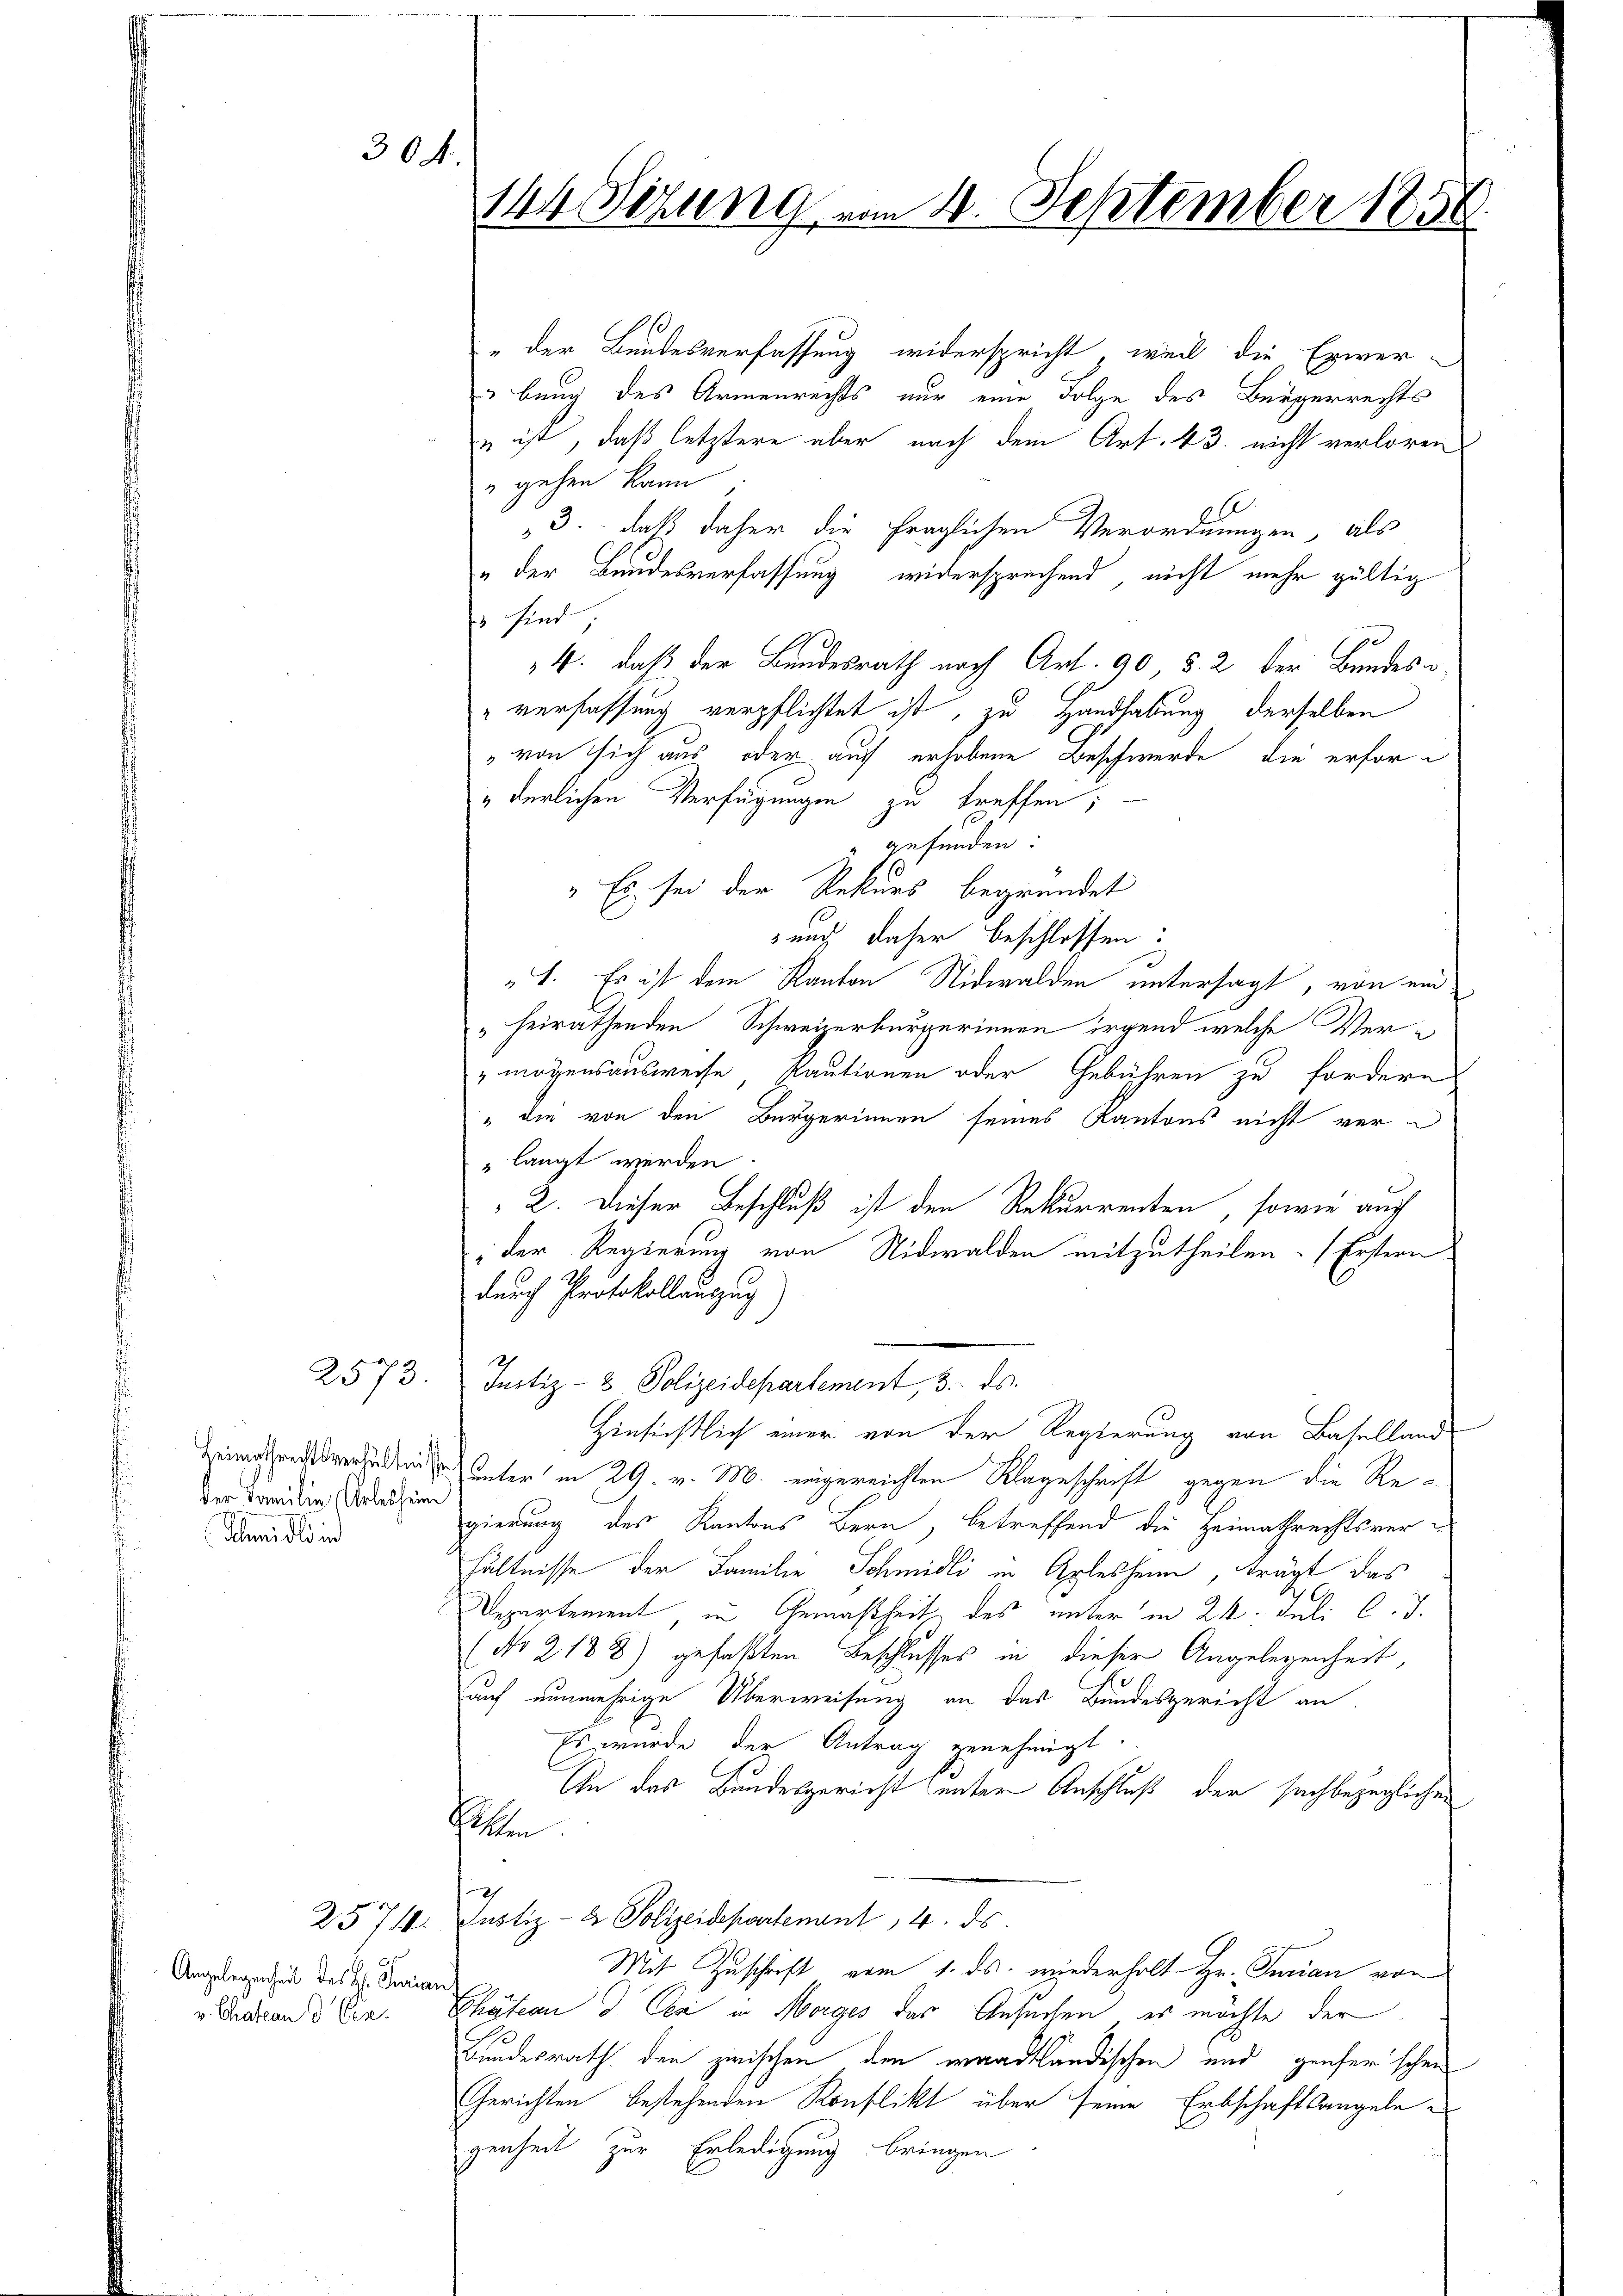
304.

ter Familien Arlesheim
Seidli ind

Angelegenheit des Hr. Ferian
v. Chateau d Cen

2574.

" der Bundesverfassung widerspricht, weil die Erwer-
ubung des Armenrechts nur eine Folge des Bürgerrechts
u ist, daß letztere aber nach dem Art. 43. nicht verloren
" gehen kann
„3. daß daher die fraglichen Verordnungen, als
„der Bundesverfassung widersprechend, nicht mehr gültig
ss sind
4. daß der Bundesrath nach Art. 90 § 2 der Bundes o
"verfassung verpflichtet ist, zu Handhabung derselben
„von sich aus oder auf erhobene Beschwerde, die erfor¬
„derlichen Verfügungen zu treffen;
" gefunden:
" Es sei der Rekurs begründet
und daher beschlossen:
I. Es ist dem Kanton Nidwalden untersagt, von ein
„heirathenden Schweizerbürgerinnen irgend welche Vermögensausweise, Kautionen oder Gebühren zu fordern
" die von den Bürgerinnen seines Kantons nicht verlangt werden.
2. Dieser Beschluß ist den Rekurrenten, sowie auf
ider Regierung von Nidwalden mitzutheilen. (Erstern
durch Protokollauszug)
2573. Justiz- & Polizeidepartement, 3. ds.
Hinsichtlich einer von der Regierung von Baselland
 unter in 29. v. M. eingereichten Klageschrift gegen die Regierung des Kantons Bern, betreffend die Heimathrechtsverhältnisse der Familie Schmidli in Arlesheim, Frägt das
Departement, in Gemäsheit des unter in 21. Juli l. J.
(No 2188) gefaßten Beschlusses in dieser Angelegenheit,
auf nunmehrige Überweisung an das Bundesgericht an
Es wurde der Antrag genehmigt
An das Bundesgericht unter Anschluß der sachbezüglichen
Peten.
Justiz- & Polizeidepartenant 14. ds.
Mit Zuschrift vom 1. ds. wiederholt Hr. Purian von
Chätern d. Cea in Morges des Ansuchen, es möchte der
Bundesrath den zwischen den waadtländischen und genser schen
Gerichten bestehenden Konflikt über seine Erbschaftsangelegenheit zur Erledigung bringen

144 Sizung vom 4. September 1850